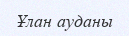
Ұлан ауданы